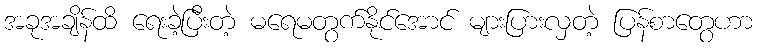
အခုအချိန်ထိ ရေးခဲ့ပြီးတဲ့ မရေမတွက်နိုင်အောင် များပြားလှတဲ့ ပြန်စာတွေဟာ